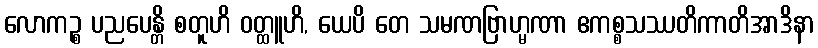
လောကဉ္စ ပညပေန္တိ စတူဟိ ဝတ္ထူဟိ, ယေပိ တေ သမဏဗြာဟ္မဏာ ဧကစ္စသဿတိကာတိအာဒိနာ